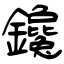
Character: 鑱